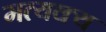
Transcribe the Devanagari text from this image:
मत्यक्य